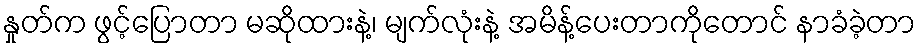
နှုတ်က ဖွင့်ပြောတာ မဆိုထားနဲ့၊ မျက်လုံးနဲ့ အမိန့်ပေးတာကိုတောင် နာခံခဲ့တာ